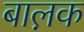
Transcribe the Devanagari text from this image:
बाल़क